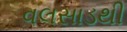
વલસાડથી